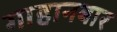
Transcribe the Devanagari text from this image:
गाहानबार